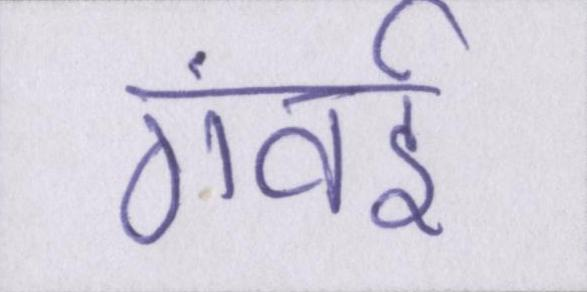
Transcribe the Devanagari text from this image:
गंवई